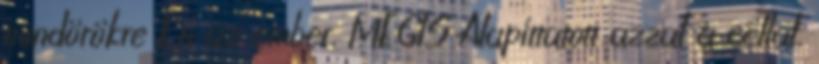
mindörökre Én az ember. MÉGIS Alapíttatott azzal a céllal,